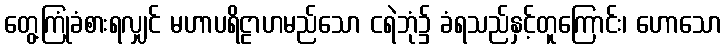
တွေ့ကြုံခံစားရလျှင် မဟာပရိဠာဟမည်သော ငရဲဘုံ၌ ခံရသည်နှင့်တူကြောင်း၊ ဟောသော